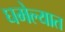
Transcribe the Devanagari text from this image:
घमेल्यात